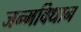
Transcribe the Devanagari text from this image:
जन्मविधान